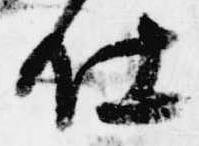
仕